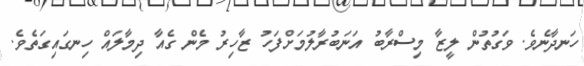
ހަނދާނެވެ. ވަގުތުން ލީޒާ މިސްރާބު އަނަބުރާލުމަށްފަހު ޒާހިރު މެން ގެއާ ދިމާލައް ހިނގައިގަތެވެ.